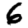
Digit: 6